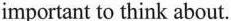
important to think about.